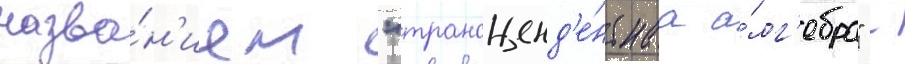
назва́н'ием "трансценд'е́нтнаа а́лг'ебра" -